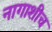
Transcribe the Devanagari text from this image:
नागाशीच